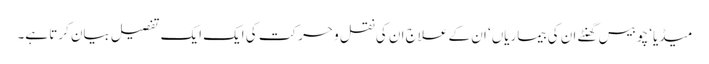
میڈیا‘ چوبیس گھنٹے ان کی بیماریاں‘ ان کے علاج ان کی نقل و حرکت کی ایک ایک تفصیل بیان کرتا ہے۔